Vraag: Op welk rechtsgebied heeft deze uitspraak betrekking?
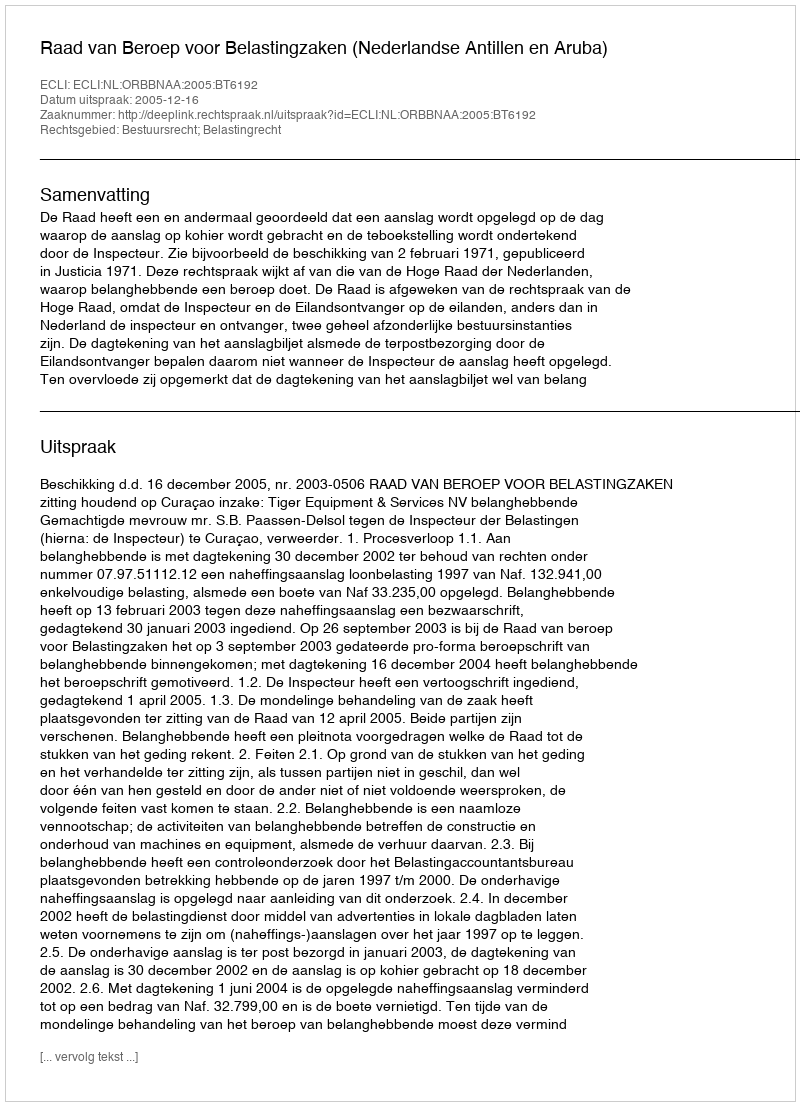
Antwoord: Bestuursrecht; Belastingrecht